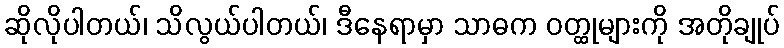
ဆိုလိုပါတယ်၊ သိလွယ်ပါတယ်၊ ဒီနေရာမှာ သာဓက ဝတ္ထုများကို အတိုချုပ်